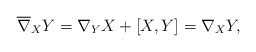
\begin{gather*} \overline{ \nabla } _X Y = \nabla _Y X + [X, Y ] = \nabla _X Y , \end{gather*}